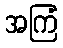
အကြံ